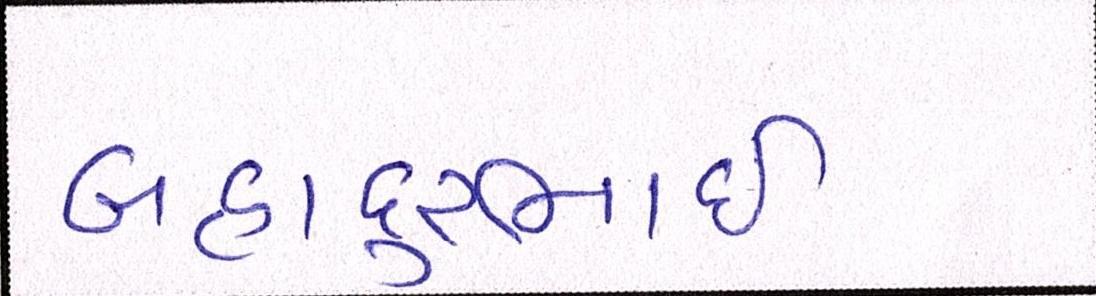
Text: બહાદૂરભાઇ